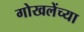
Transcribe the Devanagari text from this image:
गोखलेंच्या